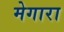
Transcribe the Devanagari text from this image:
मेगारा